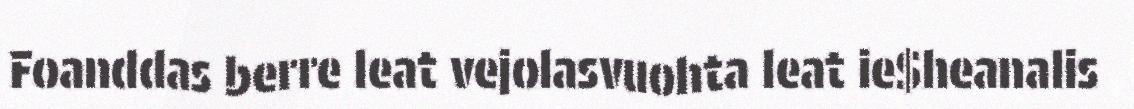
Foanddas berre leat vejolasvuohta leat ie$heanalis